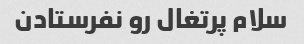
سلام پرتغال رو نفرستادن